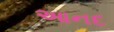
આનદ